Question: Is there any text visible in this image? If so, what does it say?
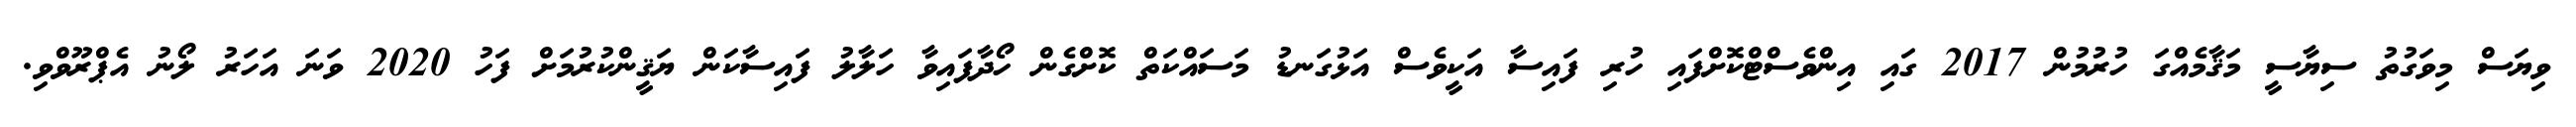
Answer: ވިޔަސް މިވަގުތު ސިޔާސީ މަޤާމެއްގަ ހުރުމުން 2017 ގައި އިންވެސްޓްކޮށްފައި ހުރި ފައިސާ އަކީވެސް އަޅުގަނޑު މަސައްކަތް ކޮށްގެން ހޯދާފައިވާ ހަލާލު ފައިސާކަން ޔަޤީންކުރުމަށް ފަހު 2020 ވަނަ އަހަރު ލޯނު އެޕްރޫވްވި.